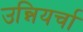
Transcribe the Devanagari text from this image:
उन्नियर्चा